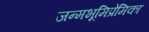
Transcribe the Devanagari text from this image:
जन्मभूमिप्रेमिका